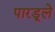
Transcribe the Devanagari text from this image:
पारडूले